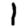
Digit: 1